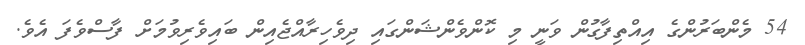
54 މެންބަރުންގެ އިއްތިފާގުން ވަނީ މި ކޮންވެންޝަންގައި ދިވެހިރާއްޖެއިން ބައިވެރިވުމަށް ފާސްވެފަ އެވެ.